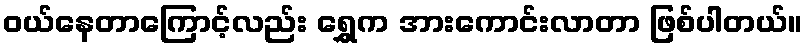
ဝယ်နေတာကြောင့်လည်း ရွှေက အားကောင်းလာတာ ဖြစ်ပါတယ်။